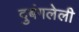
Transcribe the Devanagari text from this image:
दुबंगलेली